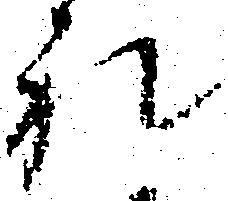
礼